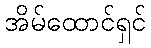
အိမ်ထောင်ရှင်